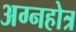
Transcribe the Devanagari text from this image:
अग्नहोत्र